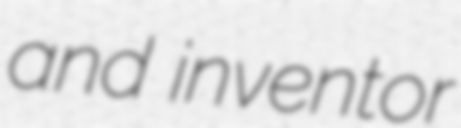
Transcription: and inventor